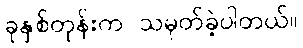
ခုနှစ်တုန်းက သမုတ်ခဲ့ပါတယ်။